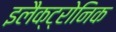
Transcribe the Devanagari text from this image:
इलैक्ट्रोनिक